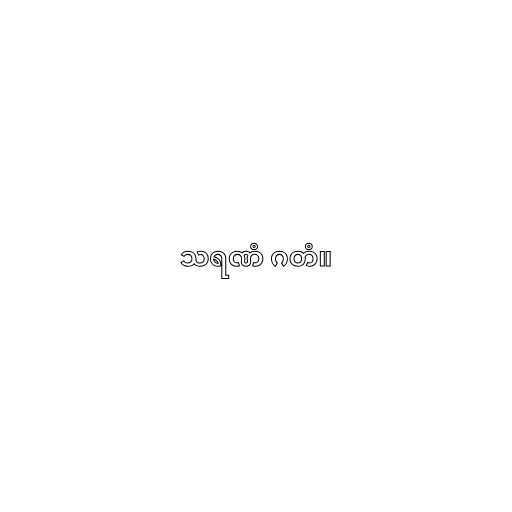
သရဏံ ဂတံ။